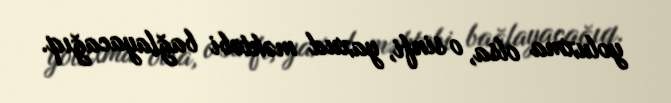
yoluxma olsa, o sinfi, yaxud məktəbi bağlayacağıq.